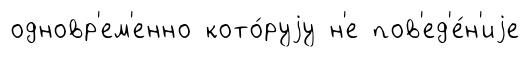
одновр'ем'енно кото́руjу н'е пов'ед'е́н'иjе